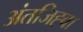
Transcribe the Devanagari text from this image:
अंतजिह्वा